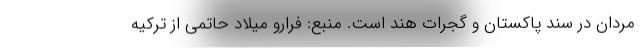
مردان در سند پاکستان و گجرات هند است. منبع: فرارو میلاد حاتمی از ترکیه